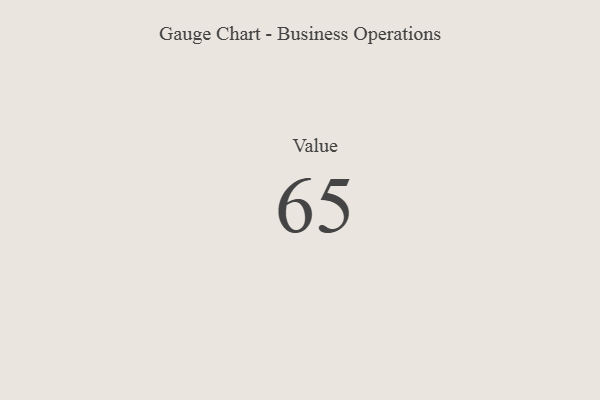
{"axis": {"x": "Metric", "y": "Value"}, "legend": [""], "data": [{"x": "Value", "y": 65, "type": ""}]}